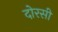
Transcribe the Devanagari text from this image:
दोरसी